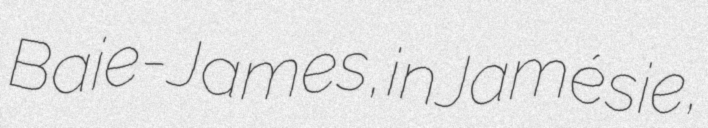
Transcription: Baie-James, in Jamésie,